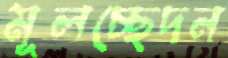
মূলচ্ছেদন